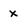
Character: x